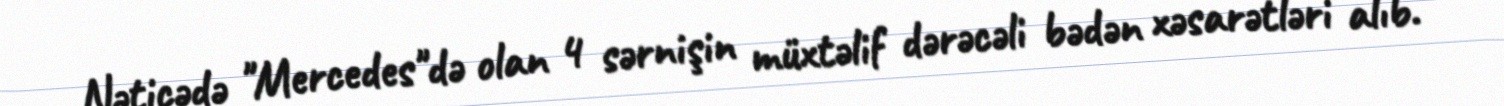
Nəticədə "Mercedes"də olan 4 sərnişin müxtəlif dərəcəli bədən xəsarətləri alıb.